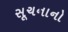
સૂચનાનો